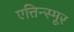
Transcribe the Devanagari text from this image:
एत्तिन्स्मूर